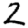
Digit: 2